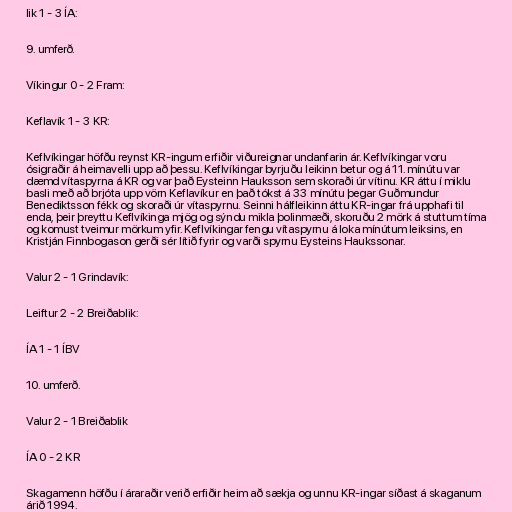
lik 1 - 3 ÍA:

9. umferð.

Víkingur 0 - 2 Fram:

Keflavík 1 - 3 KR:

Keflvíkingar höfðu reynst KR-ingum erfiðir viðureignar undanfarin ár. Keflvíkingar voru
ósigraðir á heimavelli upp að þessu. Keflvíkingar byrjuðu leikinn betur og á 11. mínútu var
dæmd vítaspyrna á KR og var það Eysteinn Hauksson sem skoraði úr vítinu. KR áttu í miklu
basli með að brjóta upp vörn Keflavíkur en það tókst á 33 mínútu þegar Guðmundur
Benediktsson fékk og skoraði úr vítaspyrnu. Seinni hálfleikinn áttu KR-ingar frá upphafi til
enda, þeir þreyttu Keflvíkinga mjög og sýndu mikla þolinmæði, skoruðu 2 mörk á stuttum tíma
og komust tveimur mörkum yfir. Keflvíkingar fengu vítaspyrnu á loka mínútum leiksins, en
Kristján Finnbogason gerði sér lítið fyrir og varði spyrnu Eysteins Haukssonar.

Valur 2 - 1 Grindavík:

Leiftur 2 - 2 Breiðablik:

ÍA 1 - 1 ÍBV

10. umferð.

Valur 2 - 1 Breiðablik

ÍA 0 - 2 KR

Skagamenn höfðu í áraraðir verið erfiðir heim að sækja og unnu KR-ingar síðast á skaganum
árið 1994.